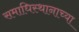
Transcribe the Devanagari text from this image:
समाधिस्थानाच्या